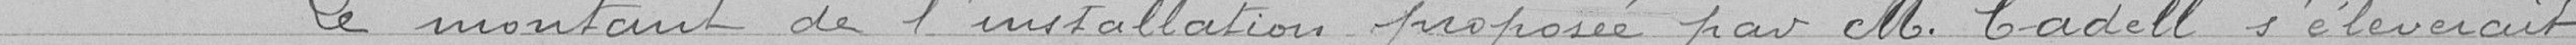
Le montant de l'installation  proposée par M. Cadell s'élèverait